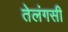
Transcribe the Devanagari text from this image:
तेलंगसी